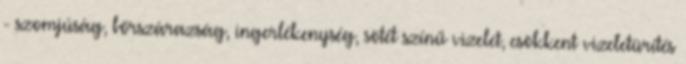
- szomjúság, bőrszárazság, ingerlékenység, sötét színű vizelet, csökkent vizeletürítés